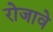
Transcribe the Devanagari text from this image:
रोजावे